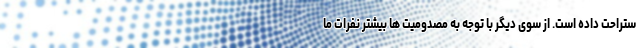
ستراحت داده است. از سوی دیگر با توجه به مصدومیت ها بیشتر نفرات ما